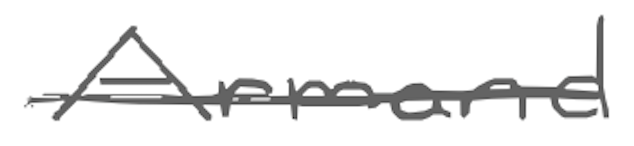
Text: Armand
Cross-out: single-line
Writing tool: digital_gray